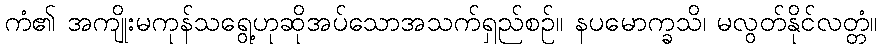
ကံ၏ အကျိုးမကုန်သရွေ့ဟုဆိုအပ်သောအသက်ရှည်စဉ်။ နပမောက္ခသိ၊ မလွတ်နိုင်လတ္တံ။